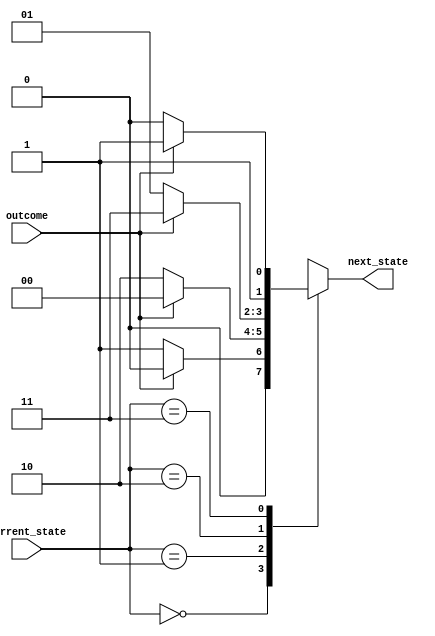
module COMPETITION_FSM (
	input [1:0] current_state,
	input outcome,	//
	output reg [1:0] next_state
);

	parameter TRUE=1'b1;
	parameter FALSE=1'b0;
	parameter Strongly_Local=2'd0;
	parameter Weakly_Local=2'd1;
	parameter Weakly_Global=2'd2;
	parameter Strongly_Global=2'd3;

	always @(*) 
	begin
		case(current_state)
			Strongly_Local:
			begin
				if(outcome==TRUE)
					next_state=Strongly_Local;
				else
					next_state=Weakly_Local;
			end
			Weakly_Local:
			begin
				if(outcome==TRUE)
					next_state=Strongly_Local;
				else
					next_state=Weakly_Global;
			end
			Weakly_Global:
			begin
				if(outcome==TRUE)
					next_state=Strongly_Global;
				else
					next_state=Weakly_Local;
			end
			Strongly_Global:
			begin
				if(outcome==TRUE)
					next_state=Strongly_Global;
				else
					next_state=Weakly_Global;
			end
		endcase	
	end


endmodule